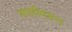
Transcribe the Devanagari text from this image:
सालीवरून